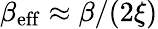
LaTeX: \beta_{\mathrm{eff}}\approx\beta/(2\xi)